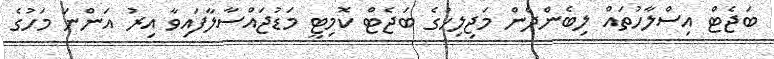
ބަޖެޓް އިސްލާހުތައް ލިބެންދެން މަޖިލިހުގެ ބަޖެޓް ކޮމިޓީ މަޑުޖައްސާލާފައިވާ އިރު އަންނަ މަހުގެ